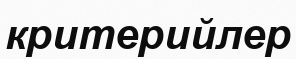
критерийлер